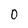
Character: 0